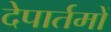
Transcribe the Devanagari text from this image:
देपार्तमों